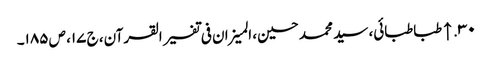
۳۰. ↑ طباطبائی، سید محمد حسین، المیزان فی تفسیر القرآن، ج ۱۷، ص ۱۸۵۔